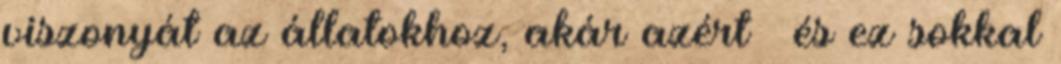
viszonyát az állatokhoz, akár azért – és ez sokkal